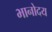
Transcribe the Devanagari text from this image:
भानोदय